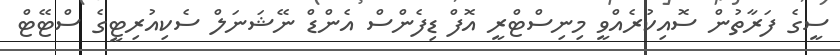
ސީގެ ފަރާތުން ސޮއިކުރެއްވީ މިނިސްޓްރީ އޮފް ޑިފެންސް އެންޑް ނޭޝަނަލް ސެކިއުރިޓީގެ ސްޓޭޓް